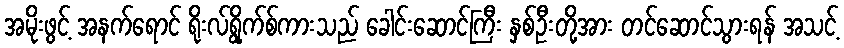
အမိုးဖွင့် အနက်ရောင် ရိုးလ်ရွိုက်စ်ကားသည် ခေါင်းဆောင်ကြီး နှစ်ဦးတို့အား တင်ဆောင်သွားရန် အသင့်